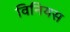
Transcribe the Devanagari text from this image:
विनियस